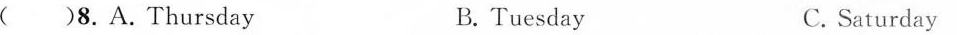
()8.A.Thursday B. Tuesday C. Saturday